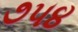
૭૫૪